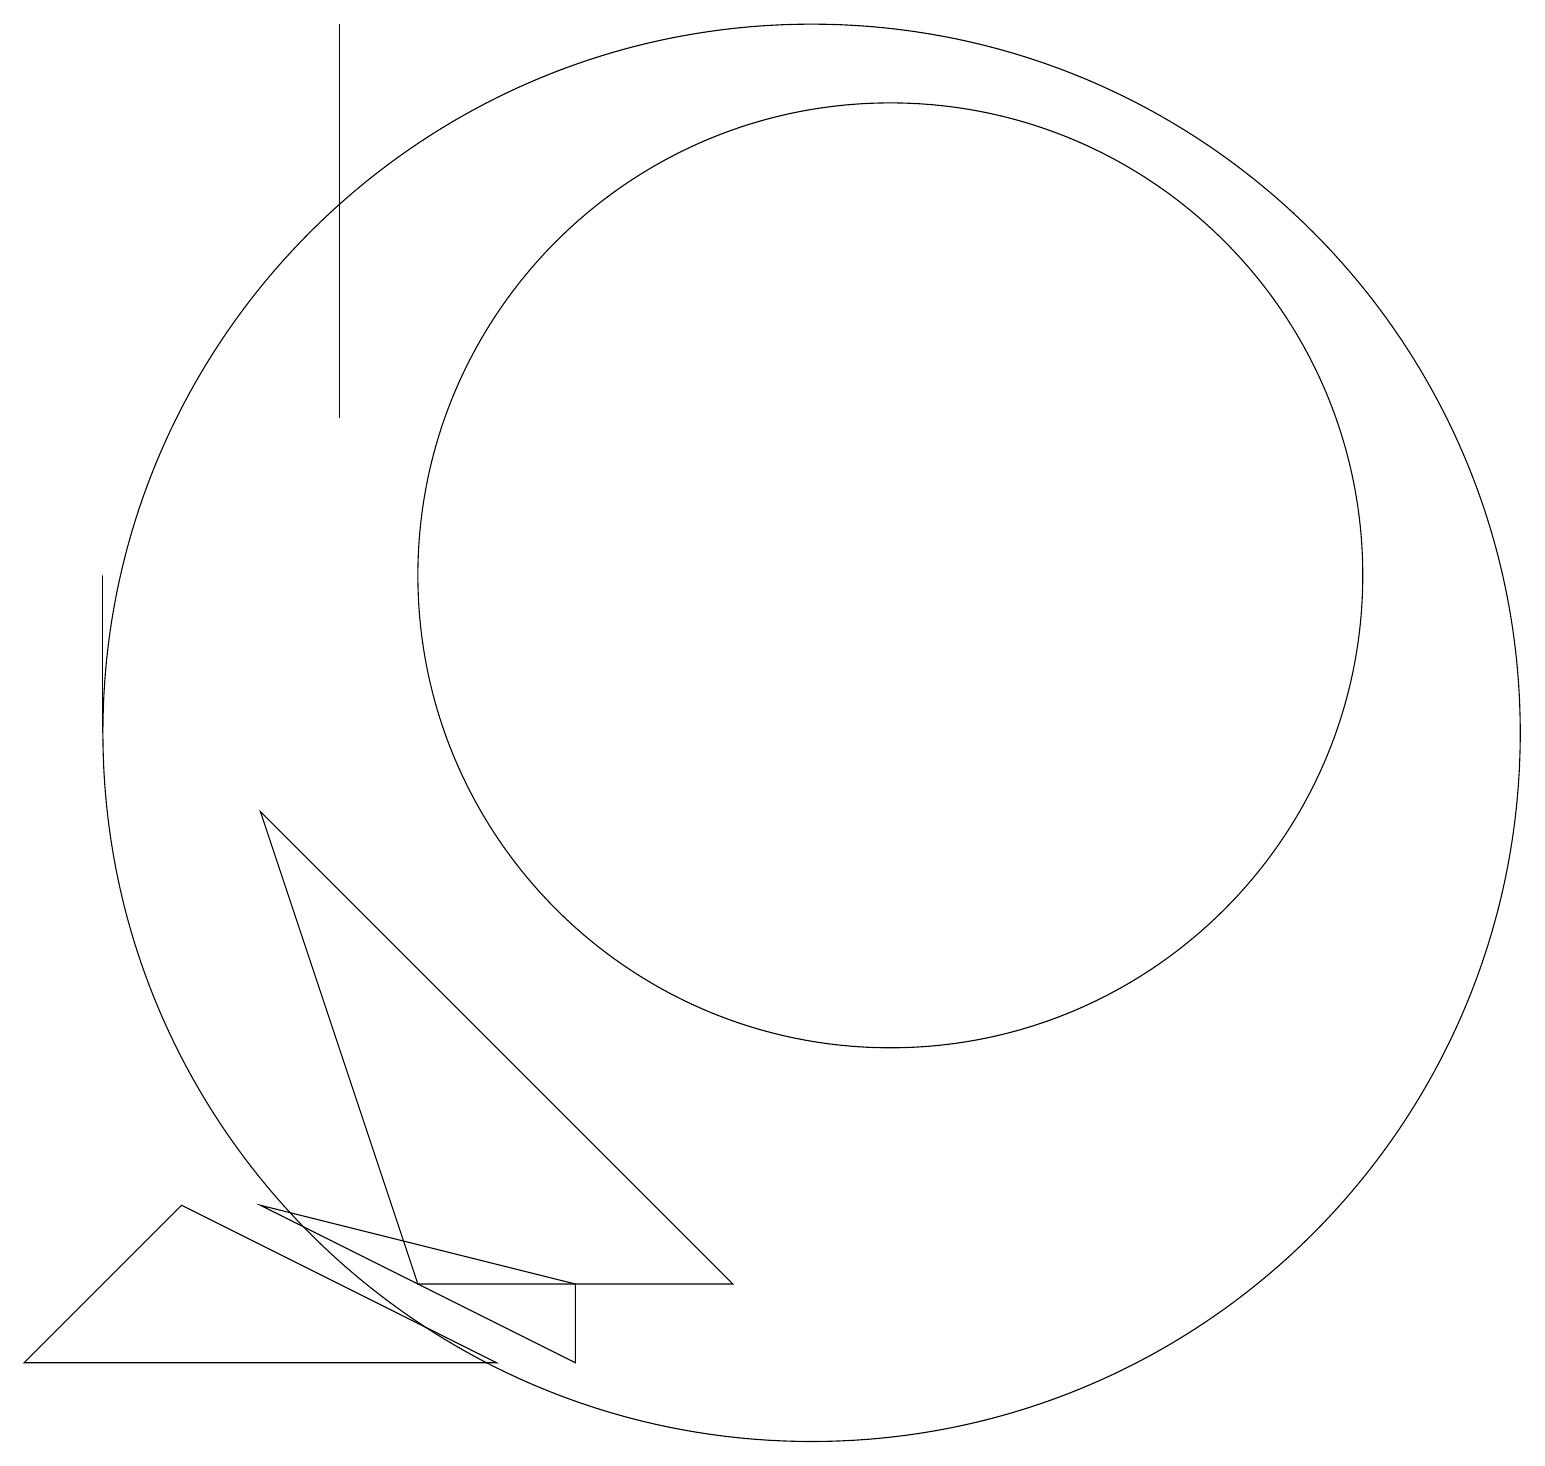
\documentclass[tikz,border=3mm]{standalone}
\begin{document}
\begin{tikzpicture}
\draw (11,12) circle (6);
\draw (0,2) -- (6,2) -- (2,4) -- cycle;
\draw (1,12) rectangle (1,10);
\draw (10,10) circle (9);
\draw (4,14) rectangle (4,19);
\draw (5,3) -- (9,3) -- (3,9) -- cycle;
\draw (3,4) -- (7,2) -- (7,3) -- cycle;
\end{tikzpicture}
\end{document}